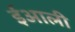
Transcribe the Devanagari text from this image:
ईआली